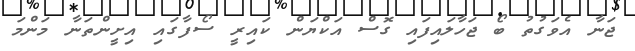
ޖަނާ އެވަގުތު ބޯ ޖަހާލައިފައި ގޮސް އަކްޔަން ކައިރީ ސޯފާގައި އިށީންތަނާ މަންމަ